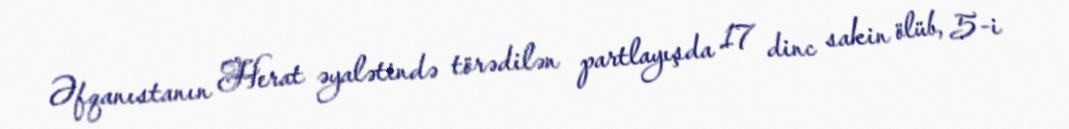
Əfqanıstanın Herat əyalətində törədilən partlayışda 17 dinc sakin ölüb, 5-i